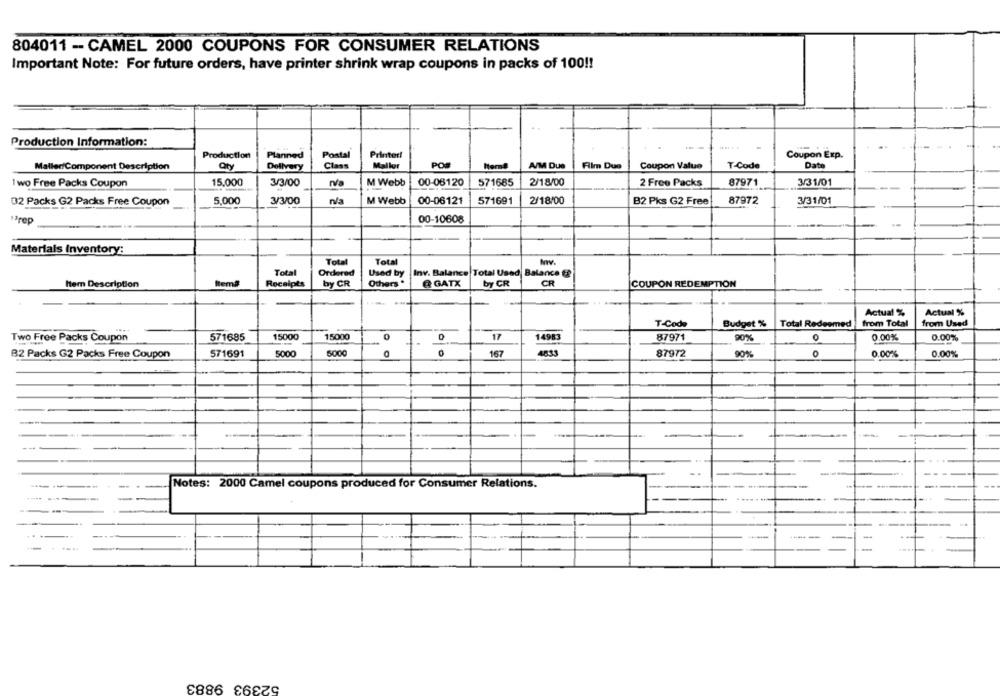
804011 - CAMEL 2000 COUPONS FOR CONSUMER RELATIONS
Important Note: For future orders, have printer shrink wrap coupons in packs of 100 !!
Production Information:
Production
Planned
Postal
Printer!
Coupon Exp.
Maller/Component Description
Delivery
Class
Mallor
POR
A/M Due
Film Due
Coupon Value
T-Code
Date
00-06120
2/18/00
87971
1 wo Free Packs Coupon
15,000
3/3/00
n/a
M Webb
571685
2 Free Packs
3/31/01
02 Packs G2 Packs Free Coupon
5.000
3/3/00
n/a
M Webb
00-06121
571691
2/18/00
B2 Pks G2 Free
87972
3/31/01
Prep
00-10608
Materials Inventory:
Total
Total
Total
Ordered
Used by
Inv. Balance Total Used Balance E
hem Description
hema
Recalpts
by CR
Others "
@ GATX
by CR
CR
COUPON REDEMPTION
Actual %
Actual %
T-Code
Budget %
Total Redeemed
from Total
from Used
Two Free Packs Coupon
571685
15000
15000
0
17
14983
87971
90%
0
0.00%
0.00%
B2 Packs G2 Packs Free Coupon
571691
5000
5000
167
4833
87972
90%
O
0.00%
0.00%
-----
Notes: 2000 Camel coupons produced for Consumer Relations.
--
52393 9883